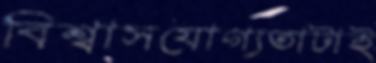
বিশ্বাসযোগ্যতাটাই